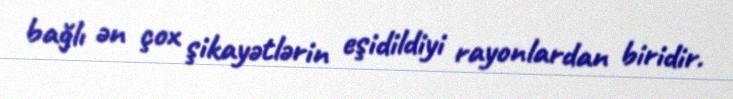
bağlı ən çox şikayətlərin eşidildiyi rayonlardan biridir.